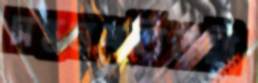
সপ্তনবতিতমী